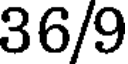
36/9